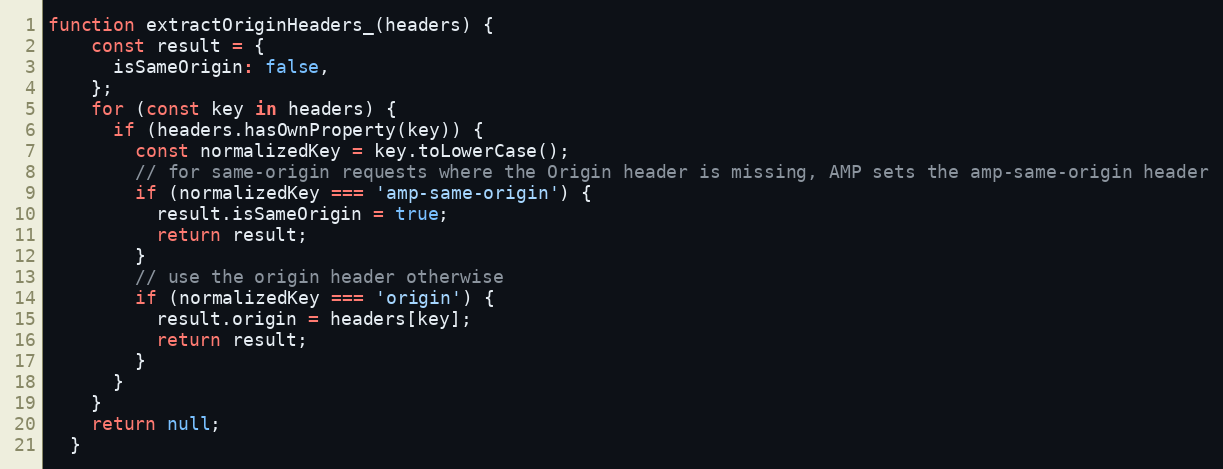
Language: JavaScript
function extractOriginHeaders_(headers) {
    const result = {
      isSameOrigin: false,
    };
    for (const key in headers) {
      if (headers.hasOwnProperty(key)) {
        const normalizedKey = key.toLowerCase();
        // for same-origin requests where the Origin header is missing, AMP sets the amp-same-origin header
        if (normalizedKey === 'amp-same-origin') {
          result.isSameOrigin = true;
          return result;
        }
        // use the origin header otherwise
        if (normalizedKey === 'origin') {
          result.origin = headers[key];
          return result;
        }
      }
    }
    return null;
  }